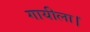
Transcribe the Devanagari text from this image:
गायीला।